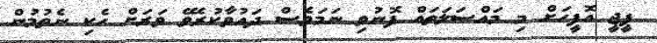
ޕީޖީ އޮފީހަށް މި މައްސަލަތައް ފޮނުވި ނަމަވެސް ދައުވާކުރެވޭ ވަރަށް ހެކި ނެތުމުން